Language: tamil
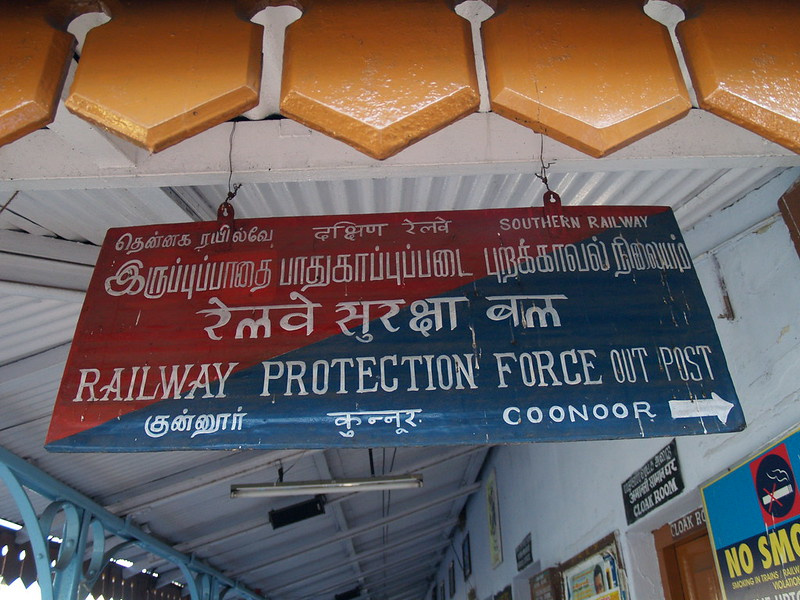
Transcription: புறக்காவல் தென்னக ரயில்வே இருப்புப்பாதை பாதுகாப்புப்படை நிலையம் குன்னூா்